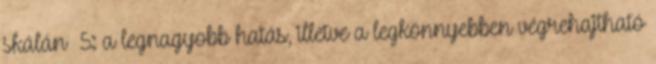
skálán 5: a legnagyobb hatás, illetve a legkönnyebben végrehajtható